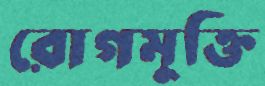
রোগমুক্তি